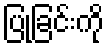
ပြုခြင်းကို